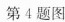
第4题图